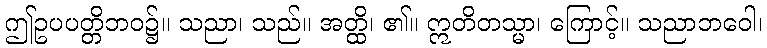
ဤဥပပတ္တိဘဝ၌။ သညာ၊ သည်။ အတ္ထိ၊ ၏။ ဣတိတသ္မာ၊ ကြောင့်။ သညာဘဝေါ၊